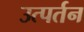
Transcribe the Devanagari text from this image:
उत्पर्तन